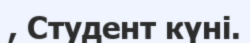
, Студент күні.